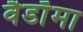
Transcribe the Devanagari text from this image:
वैडाॅमा